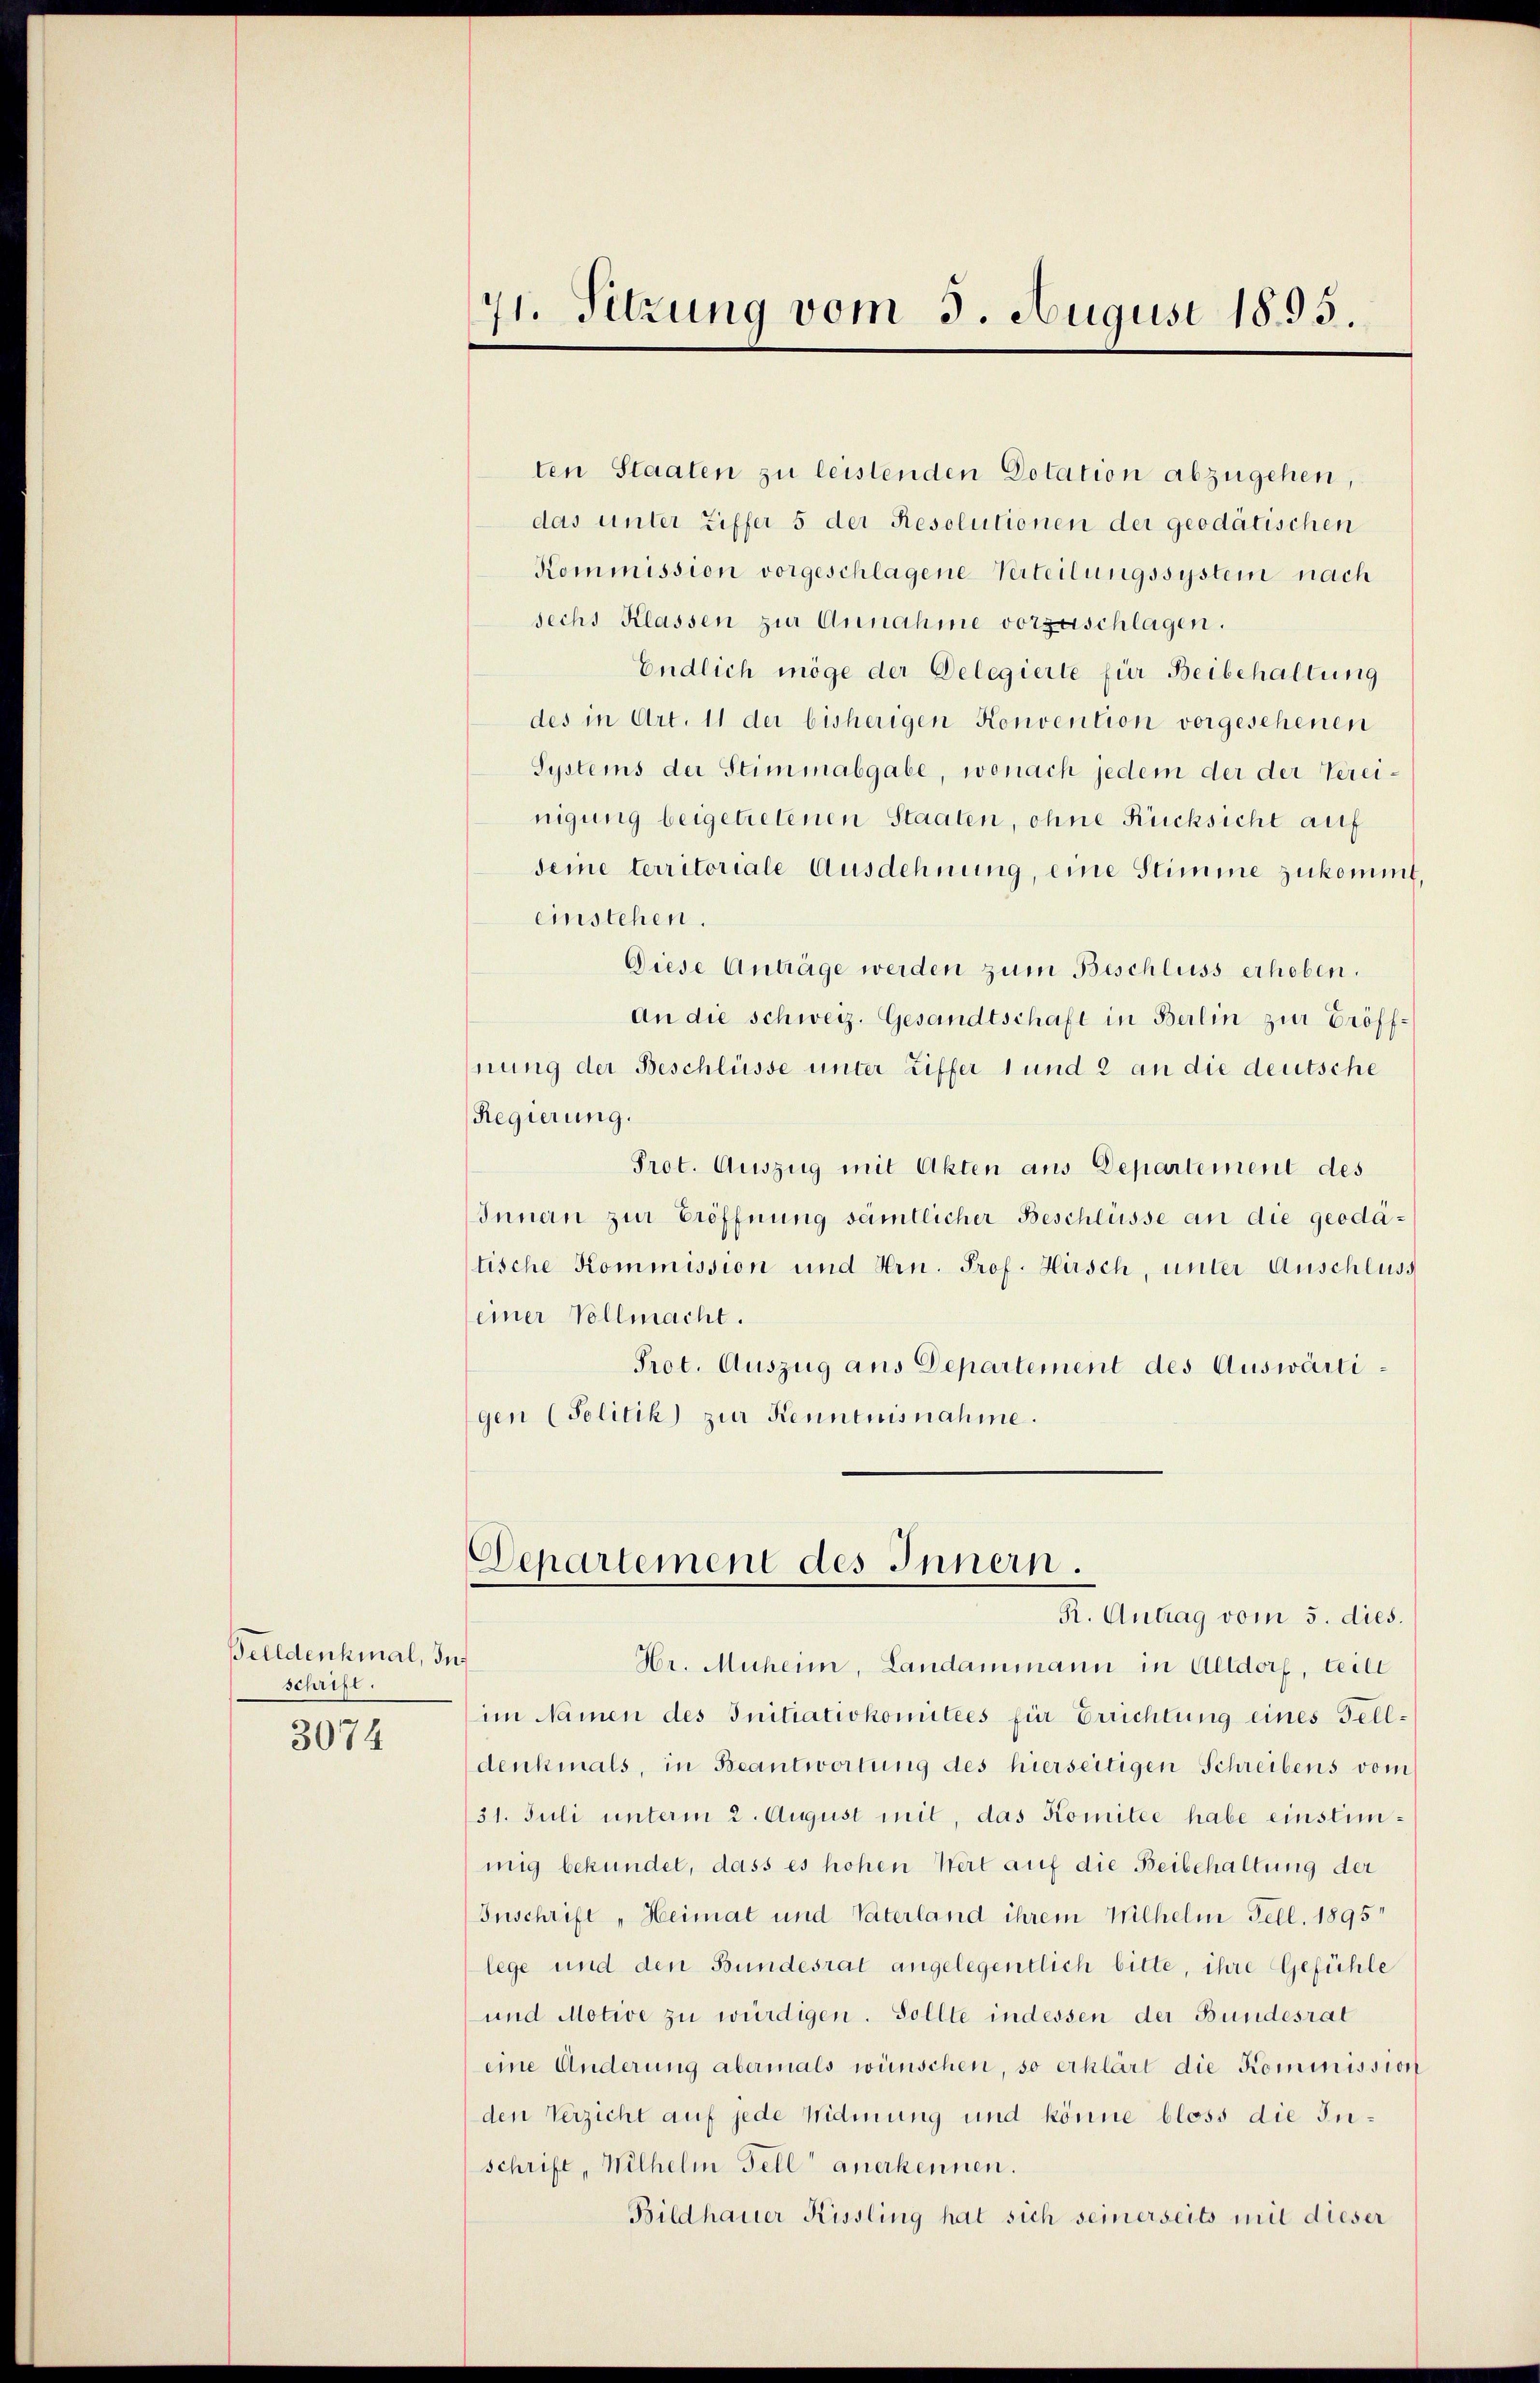
Belldenkmal, In
schrift.
3074

71. Sitzung vom 3. August 1895.

ten Staaten zu leistenden Dotation abzugehen,
das unter Ziffer 5 der Resolutionen der geodätischen
Kommission vorgeschlagene Verteilungssystein nach
sechs Klassen zur Annahme vorzuschlagen.
Endlich möge der Delegierte für Beibehaltung
des in Art. 11 der bisherigen Konvention vorgesehenen
Systems der Stimmabgabe, wonach jedem der der Vereinigung beigetretenen Staaten, ohne Rücksicht auf
deme territoriale Ausdehnung, eine Stimme zukommt,
einstehen.
Diese Anträge werden zum Beschluss erhoben.
an die schweiz. Gesandtschaft in Berlin zur Eröffnung der Beschlüsse unter Ziffer 1 und 2 an die deutsche
Regierung.
Prot. Auszug mit Akten aus Departement des
Innern zur Eröffnung sämtlicher Beschlüsse an die geodatische Kommission und Hrn. Prof. Hirsch, unter Auschluss
einer Vollmacht.
Prot. Auszug aus Departement des Auswärtigen (Politik zur Kenntnisnahme.

Departement des Innern.
R. Antrag vom 5. dies.

Hr. Muhern, Landammann in Altdorf, teile
im Namen des Initiativkomitees für Errichtung eines Felldenkmals, in Beantwortung des hierseitigen Schreibens vom
31. Juli unterm 2. August mit, das Komitee habe einstimmig bekundet, dass es hohen Wert auf die Beibehaltung der
Inschrift „Heimat und Vaterland ihrem Wilhelm Fell. 1895
lege und den Bundesrat angelegentlich bitte, ihre Gefühle
und Motive zu würdigen. Sollte indessen der Bundesrat
eine Änderung abermals wünschen, so erklärt die Kominission
den Verzicht auf jede Widmung und könne bloss die Inschrift, Wilhelm Fell anerkennen.
Bildhauer Kissling hat sich seinerseits mit dieser